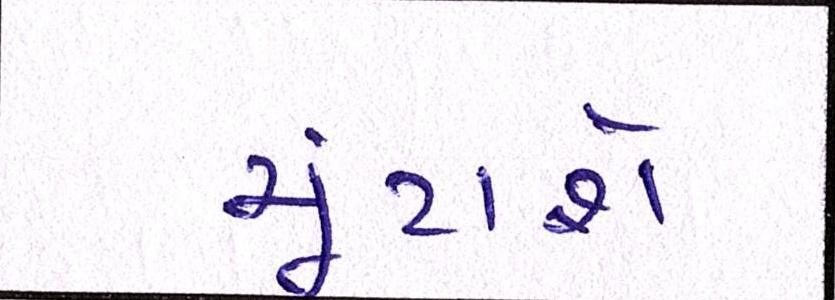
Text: ચૂંટાશે